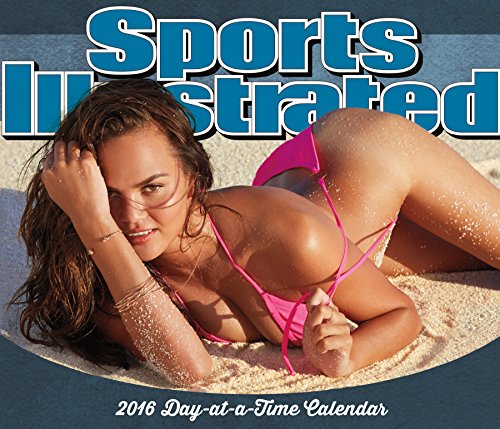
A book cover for Sports Illustrated Swimsuit Day At A Time 2016 Box Calendar; Trends International; Calendars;